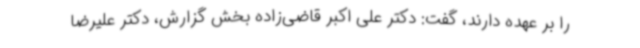
را بر عهده دارند، گفت: دکتر علی اکبر قاضی‌زاده بخش گزارش، دکتر علیرضا